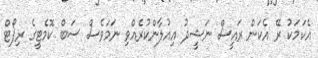
އެކަމަކު ރޭ އެކަން ރައީސް ނަޝީދު އިއުލާންކުރެއްވި ނަމަވެސް ސަބް ކޮމެޓީގެ ރިޕޯޓް